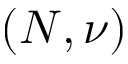
( N , \nu )